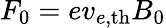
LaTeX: F_{0}=ev_{e,\mathrm{{th}}}B_{0}